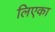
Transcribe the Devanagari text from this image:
लिएका